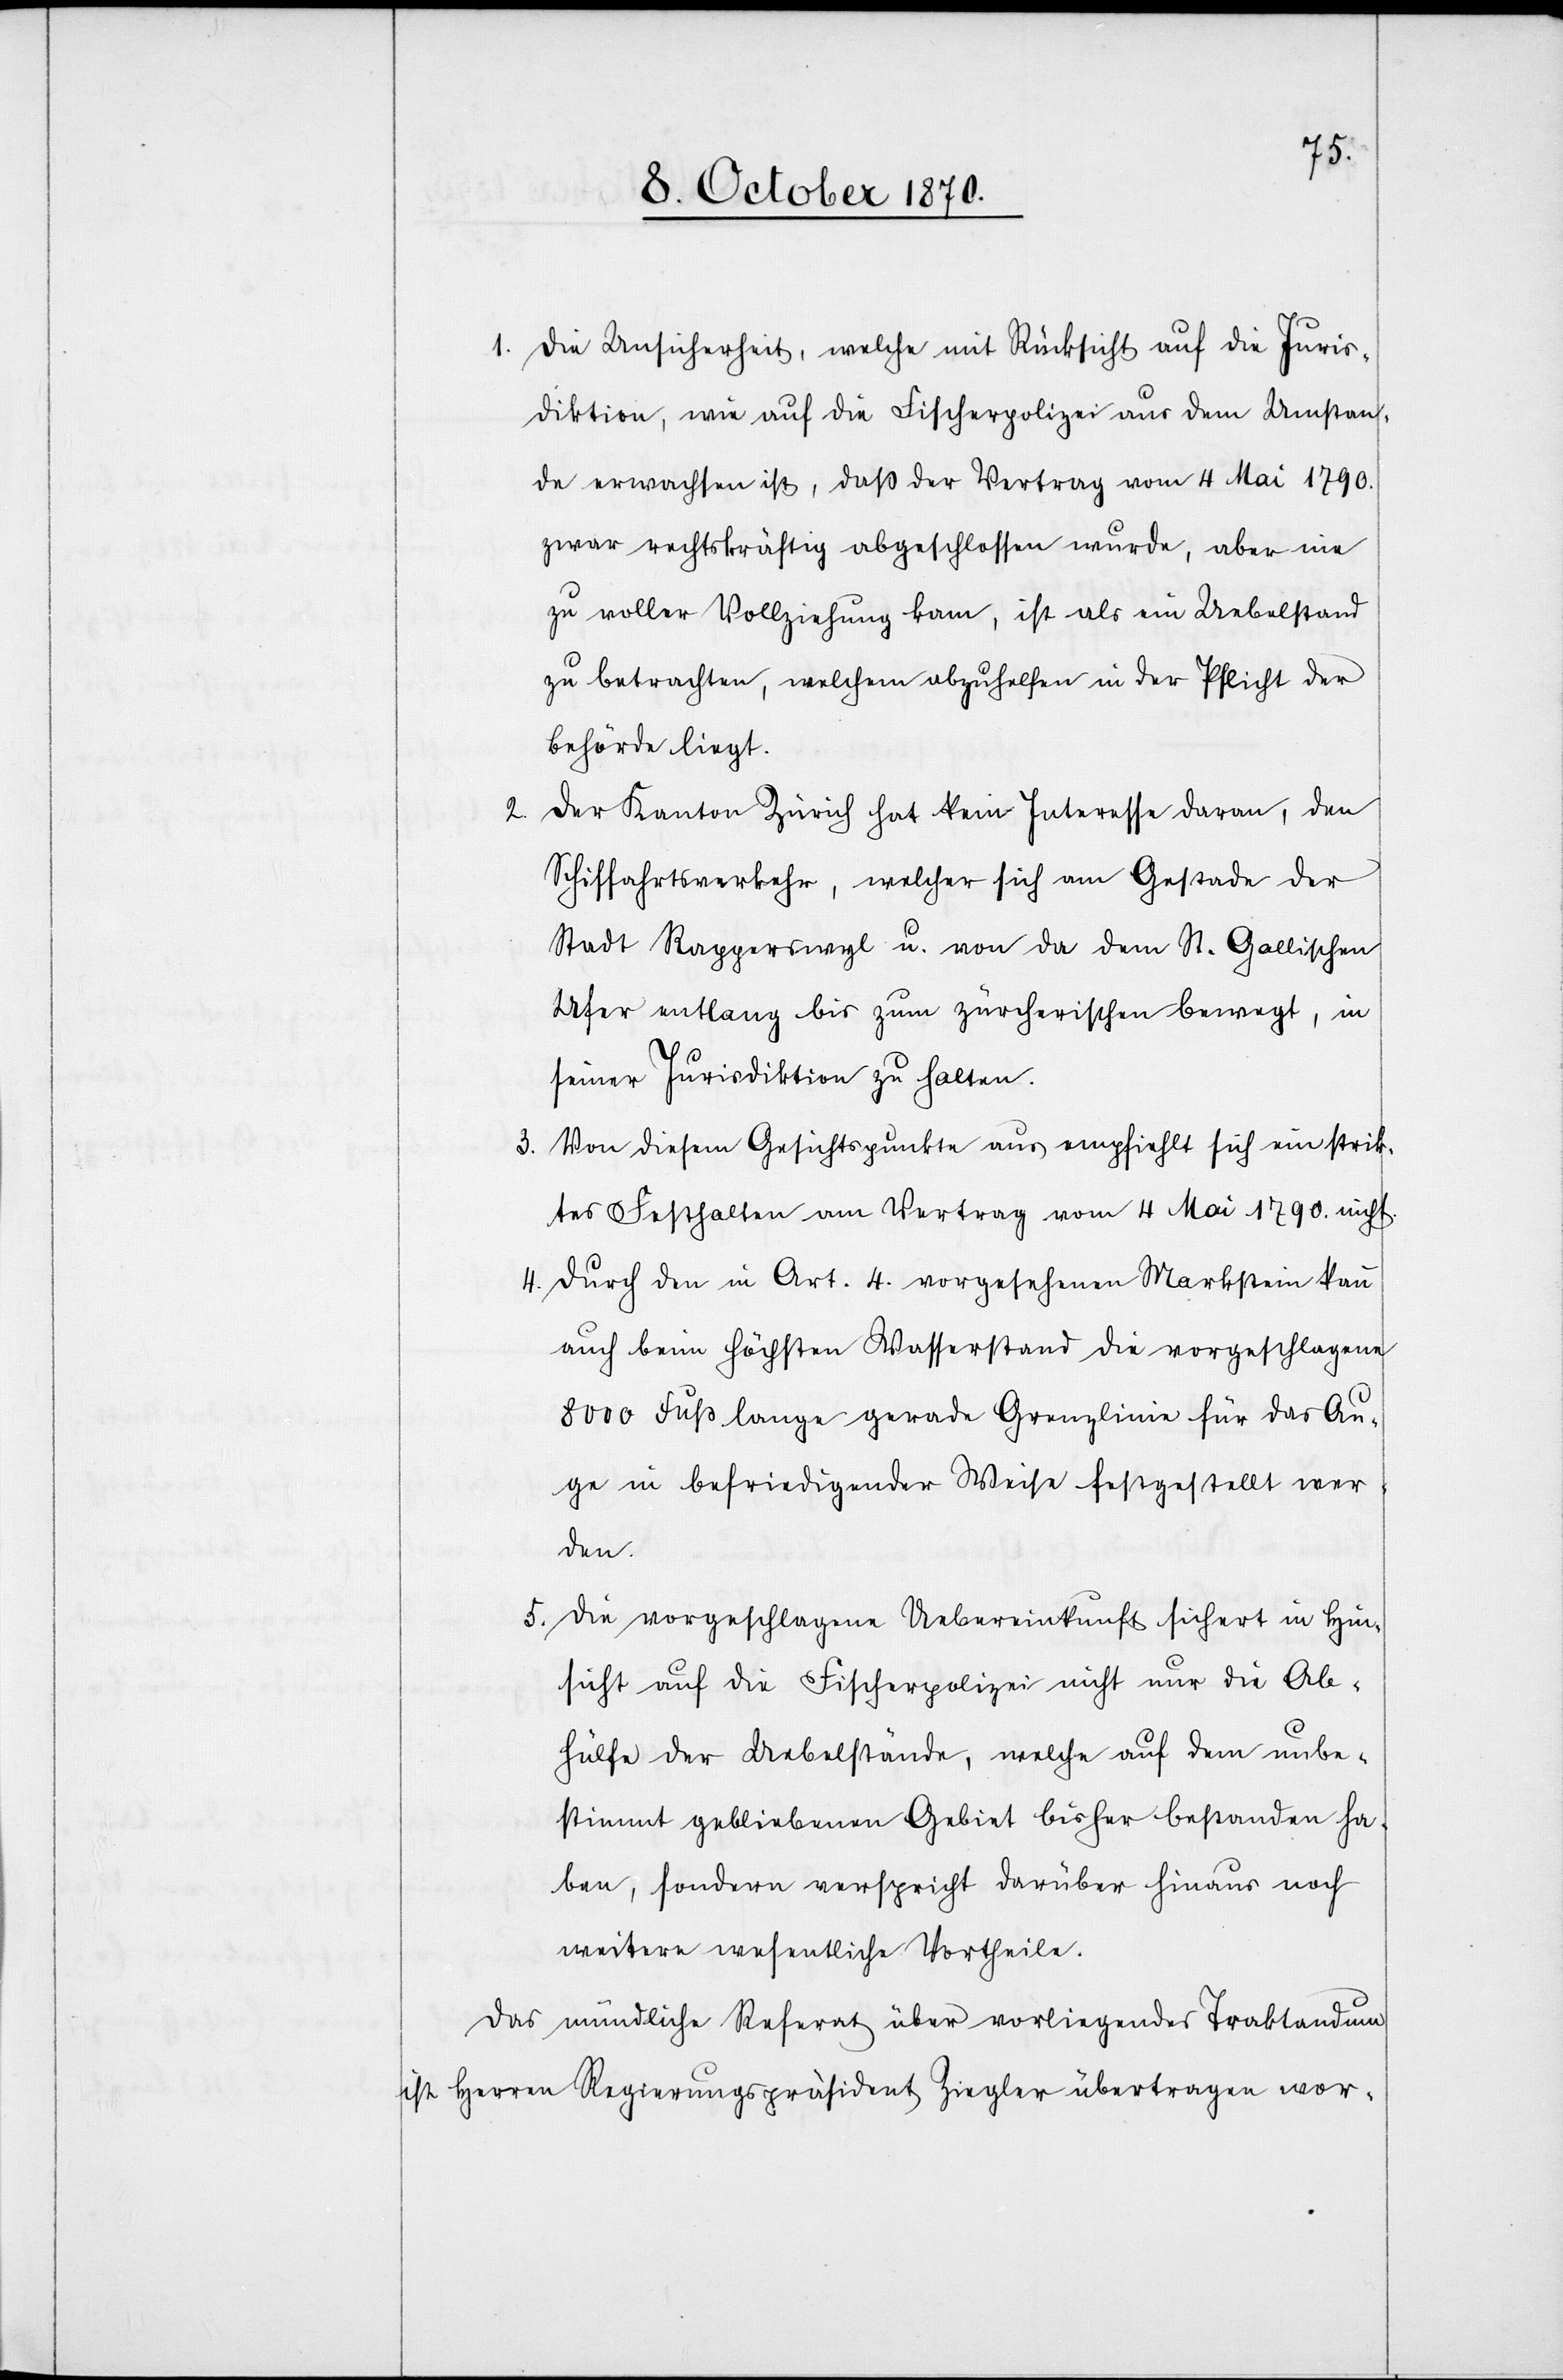
2.

1. Die Unsicherheit, welche mit Rücksicht auf die Juris¬
diktion, wie auf die Fischerpolizei aus dem Umstan¬
de erwachsen ist, daß der Vertrag vom 4 Mai 1790.
zwar rechtskräftig abgeschlossen wurde, aber nie
zu voller Vollziehung kam, ist als ein Uebelstand
zu betrachten, welchem abzuhelfen in der Pflicht der
Behörde liegt.
Der Kanton Zürich hat kein Interesse daran, den
Schiffahrtsverkehr, welcher sich am Gestade der
Stadt Rapperswyl u. von da dem St. Gallischen
Ufer entlang bis zum zürcherischen bewegt, in
seiner Jurisdiktion zu halten.
3. Von diesem Gesichtspunkte aus empfiehlt sich ein strik¬
tes Festhalten am Vertrag vom 4 Mai 1790 nicht.
4. Durch den in Art. 4 vorgesehenen Markstein kann
auch beim höchsten Wasserstand die vorgeschlagenen
8000 Fuß lange gerade Grenzlinie für das Au¬
ge in befriedigender Weise festgestellt wer¬
den.
5. Die vorgeschlagene Uebereinkunft sichert in Hin¬
sicht auf die Fischerpolizei nicht nur die Ab¬
hülfe der Uebelstände, welche auf dem unbe¬
stimmt gebliebenen Gebiet bisher bestanden ha¬
ben, sondern verspricht darüber hinaus noch
weitere wesentliche Vortheile.
Das mündliche Referat über vorliegendes Traktandum
ist Herren Regierungspräsident Ziegler übertragen wor-